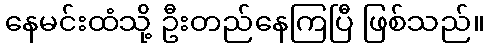
နေမင်းထံသို့ ဦးတည်နေကြပြီ ဖြစ်သည်။